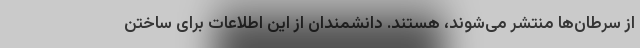
از سرطان‌ها منتشر می‌شوند، هستند. دانشمندان از این اطلاعات برای ساختن